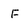
Character: F